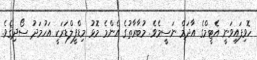
ހޮވިފައިވަނީ އެޓީމްގެ އާދަމް ނަސީމެވެ. މުބާރާތުގެ އެންމެ މޮޅު މިޑްފީލްޑަރަކީ އަހުމަދު ސޯދިޤެވެ.